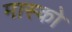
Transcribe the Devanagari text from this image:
मास्‍को